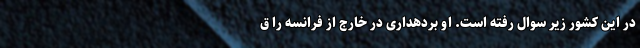
در این کشور زیر سوال رفته است. او بردهداری در خارج از فرانسه را ق